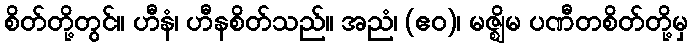
စိတ်တို့တွင်။ ဟီနံ၊ ဟီနစိတ်သည်။ အညံ၊ (ဧဝ)၊ မဇ္ဈိမ ပဏီတစိတ်တို့မှ